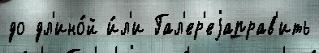
до дл'ино́й и́л'и Гал'ер'еjаправ'ить